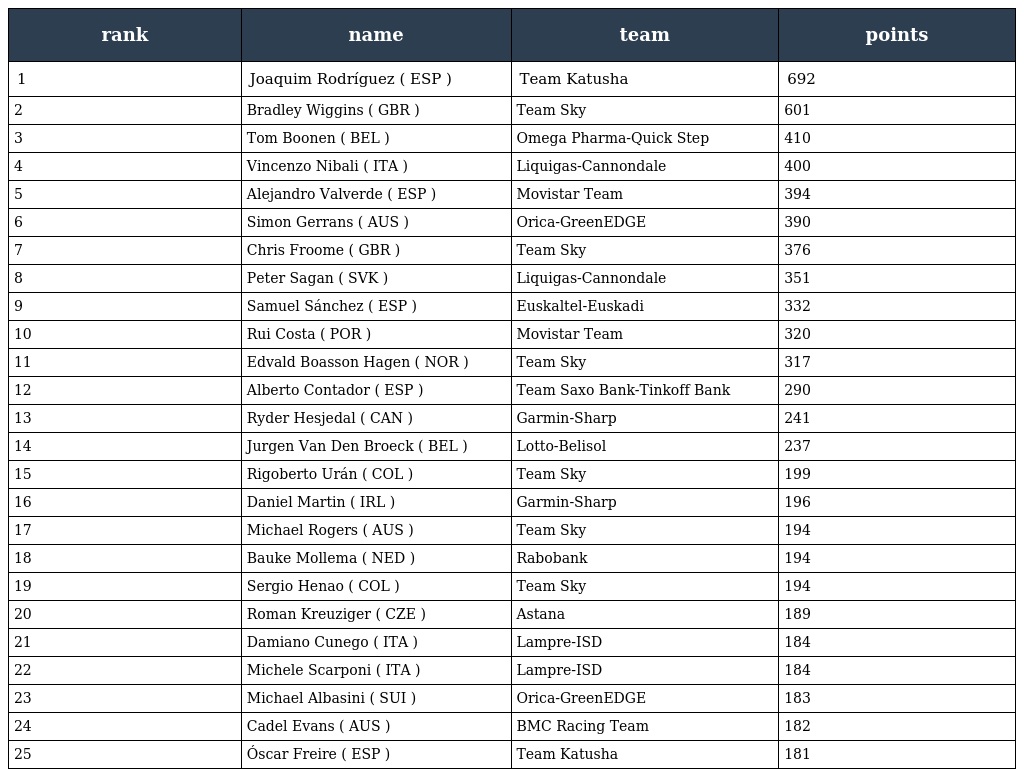
| rank | name | team | points |
 | --- | --- | --- | --- |
 | 1 | Joaquim Rodríguez ( ESP ) | Team Katusha | 692 |
 | 2 | Bradley Wiggins ( GBR ) | Team Sky | 601 |
 | 3 | Tom Boonen ( BEL ) | Omega Pharma-Quick Step | 410 |
 | 4 | Vincenzo Nibali ( ITA ) | Liquigas-Cannondale | 400 |
 | 5 | Alejandro Valverde ( ESP ) | Movistar Team | 394 |
 | 6 | Simon Gerrans ( AUS ) | Orica-GreenEDGE | 390 |
 | 7 | Chris Froome ( GBR ) | Team Sky | 376 |
 | 8 | Peter Sagan ( SVK ) | Liquigas-Cannondale | 351 |
 | 9 | Samuel Sánchez ( ESP ) | Euskaltel-Euskadi | 332 |
 | 10 | Rui Costa ( POR ) | Movistar Team | 320 |
 | 11 | Edvald Boasson Hagen ( NOR ) | Team Sky | 317 |
 | 12 | Alberto Contador ( ESP ) | Team Saxo Bank-Tinkoff Bank | 290 |
 | 13 | Ryder Hesjedal ( CAN ) | Garmin-Sharp | 241 |
 | 14 | Jurgen Van Den Broeck ( BEL ) | Lotto-Belisol | 237 |
 | 15 | Rigoberto Urán ( COL ) | Team Sky | 199 |
 | 16 | Daniel Martin ( IRL ) | Garmin-Sharp | 196 |
 | 17 | Michael Rogers ( AUS ) | Team Sky | 194 |
 | 18 | Bauke Mollema ( NED ) | Rabobank | 194 |
 | 19 | Sergio Henao ( COL ) | Team Sky | 194 |
 | 20 | Roman Kreuziger ( CZE ) | Astana | 189 |
 | 21 | Damiano Cunego ( ITA ) | Lampre-ISD | 184 |
 | 22 | Michele Scarponi ( ITA ) | Lampre-ISD | 184 |
 | 23 | Michael Albasini ( SUI ) | Orica-GreenEDGE | 183 |
 | 24 | Cadel Evans ( AUS ) | BMC Racing Team | 182 |
 | 25 | Óscar Freire ( ESP ) | Team Katusha | 181 |